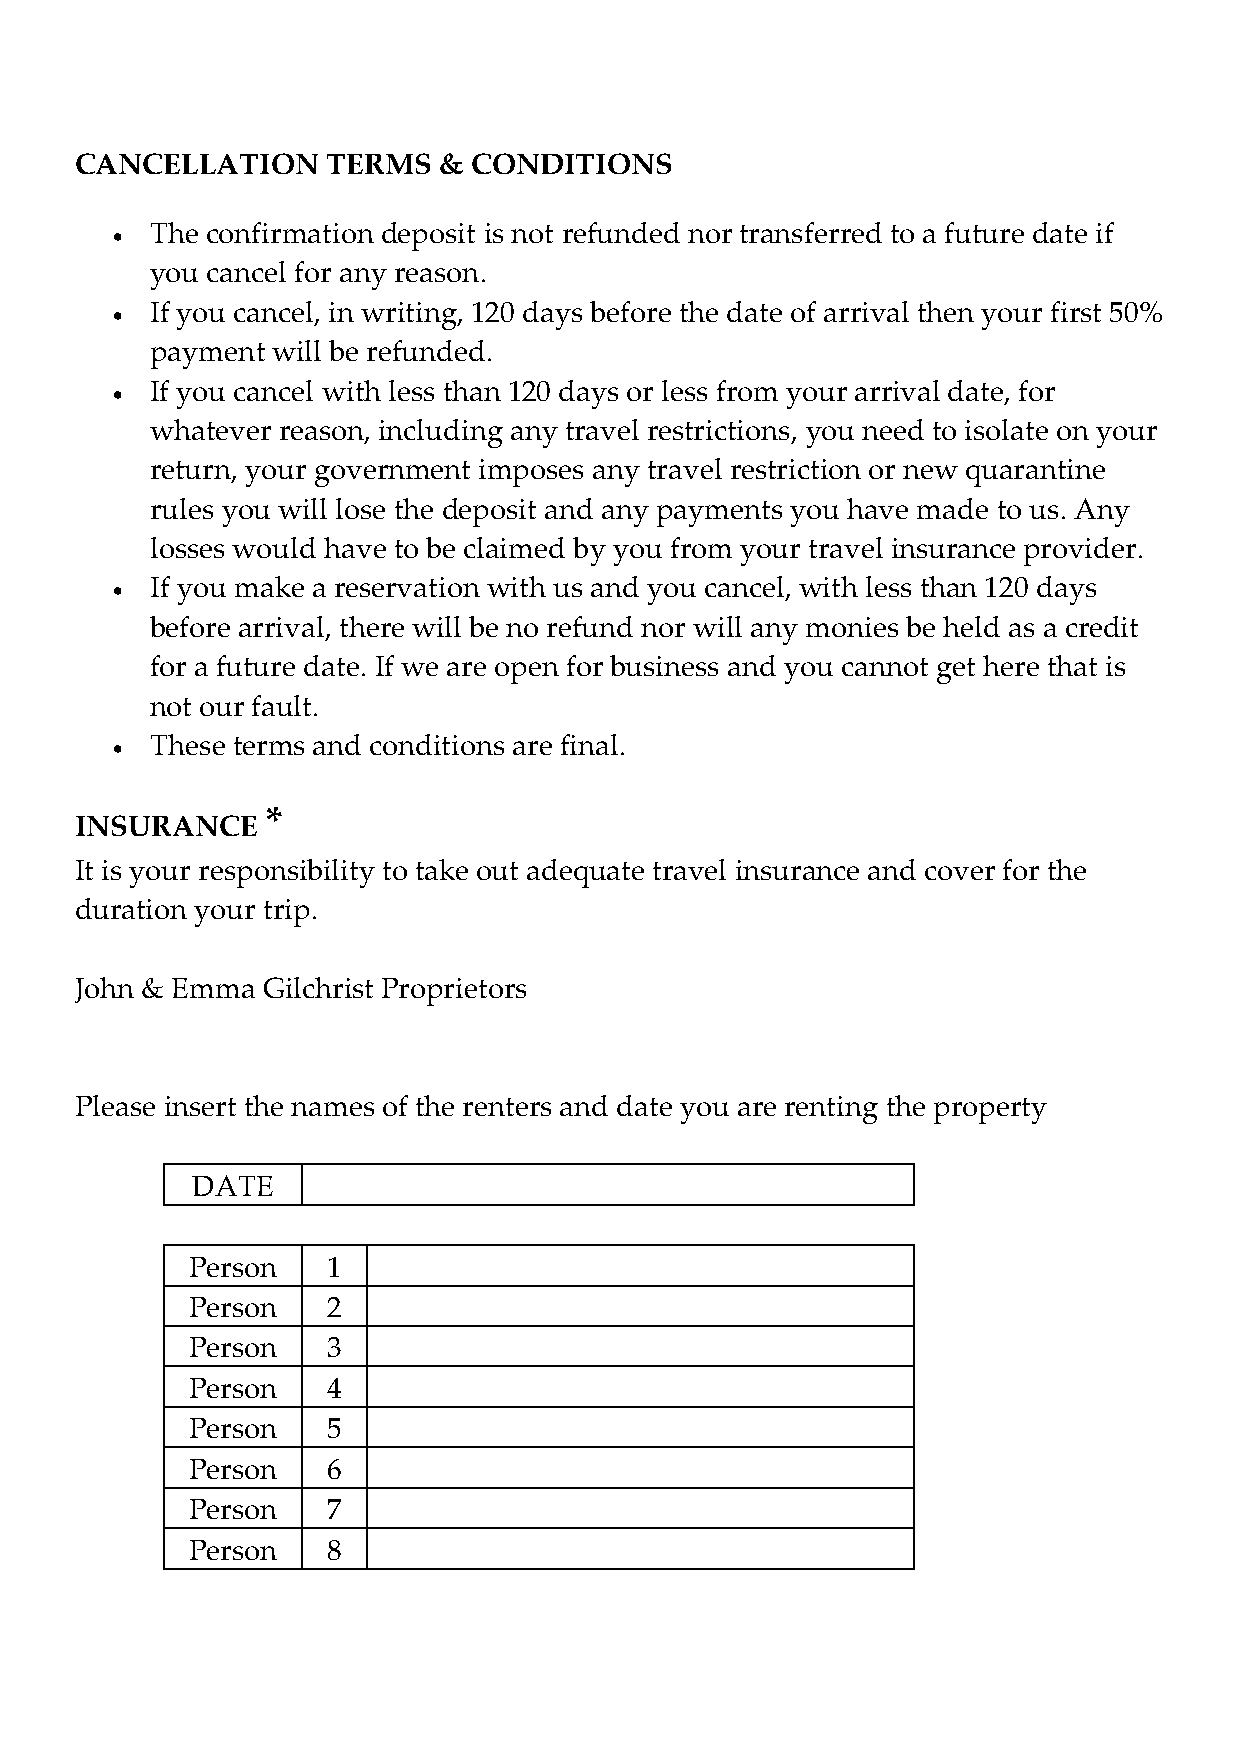
CANCELLATION     TERMS  & CONDITIONS
   The confirmation deposit is not refunded nor transferred to a future date if
 you cancel for any reason.
   If you cancel, in writing, 120 days before the date of arrival then your first 50%
 payment will be refunded.
   If you cancel with less than 120 days or less from your arrival date, for
 whatever reason, including any travel restrictions, you need to isolate on your
 return, your government imposes any travel restriction or new quarantine
 rules you will lose the deposit and any payments you have made to us. Any
 losses would have to be claimed by you from your travel insurance provider.
   If you make a reservation with us and you cancel, with less than 120 days
 before arrival, there will be no refund nor will any monies be held as a credit
 for a future date. If we are open for business and you cannot get here that is
 not our fault.
   These terms and conditions are final.
 *
 INSURANCE
 It is your responsibility to take out adequate travel insurance and cover for the
 duration your trip.
 John & Emma Gilchrist Proprietors
 Please insert the names of the renters and date you are renting the property
 DATE
 Person    1
 Person    2
 Person    3
 Person    4
 Person    5
 Person    6
 Person    7
 Person    8